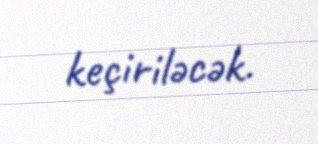
keçiriləcək.